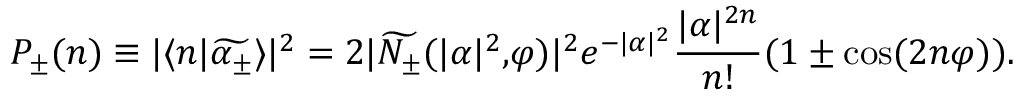
P _ { \pm } ( n ) \equiv | \langle n | \widetilde { \alpha _ { \pm } } \rangle | ^ { 2 } = 2 | \widetilde { N _ { \pm } } ( | \alpha | ^ { 2 } \mathrm { , } \varphi ) | ^ { 2 } e ^ { - | \alpha | ^ { 2 } } \frac { | \alpha | ^ { 2 n } } { n ! } ( 1 \pm \cos ( 2 n \varphi ) ) .